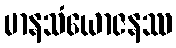
မာနသံယောဇနဿ